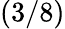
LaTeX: (3/8)